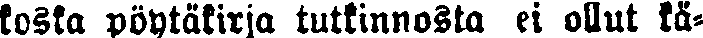
koska pöytäkirja tutkinnosta ei ollut kä-